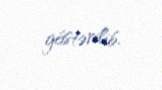
göstərilib.